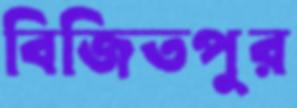
বিজিতপুর